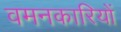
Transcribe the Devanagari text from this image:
वमनकारियों